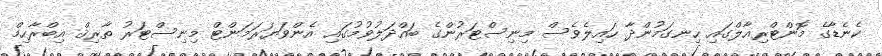
ކެނެޑާގެ މޮންޓްރިއާލްގައި ހިނގަމުންދާ ހައިލެވެސް މިިނިސްޓަރުންގެ ބައްދަލުވުމުގައި އެންވަޔަރަމަންޓް މިނިސްޓަރު ތާރިޤް އިބްރާހިމް